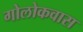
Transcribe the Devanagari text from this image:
गोलोकवास